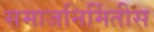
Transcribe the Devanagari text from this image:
समाजनिर्मितीस